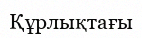
Құрлықтағы